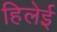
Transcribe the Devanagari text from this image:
हिलेई